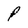
Character: p